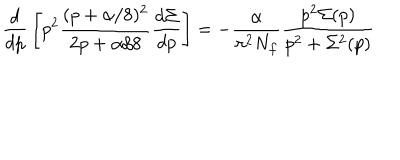
{ \frac { d } { d p } } \left[ p ^ { 2 } \frac { ( p + \alpha / 8 ) ^ { 2 } } { 2 p + \alpha / 8 } \frac { d \Sigma } { d p } \right] = - \frac { \alpha } { \pi ^ { 2 } N _ { f } } \frac { p ^ { 2 } \Sigma ( p ) } { p ^ { 2 } + \Sigma ^ { 2 } ( p ) }